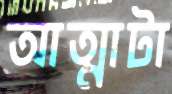
আত্মাটা